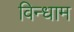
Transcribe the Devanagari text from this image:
विन्धाम